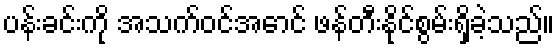
ပန်းခင်းကို အသက်ဝင်အောင် ဖန်တီးနိုင်စွမ်းရှိခဲ့သည်။